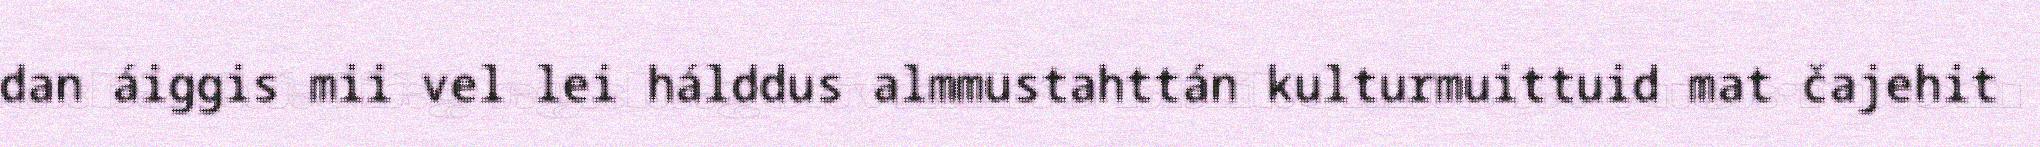
dan áiggis mii vel lei hálddus almmustahttán kulturmuittuid mat čajehit